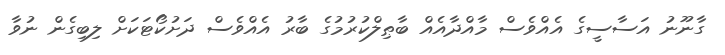
ގާނޫނު އަސާސީގެ އެއްވެސް މާއްދާއެއް ބާޠިލްކުރުމުގެ ބާރު އެއްވެސް ދަށުކޯޓަކަށް ލިބިގެން ނުވާ